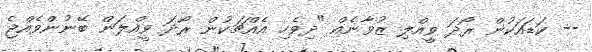
-- ކަޑައަކުން ރޯދަ ވީއްލި ޒުވާނެއް "ދިވެހި އެއްޗަކުން ރޯދަ ވީއްލަން ބޭނުންވެއްޖެ